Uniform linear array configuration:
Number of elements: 12
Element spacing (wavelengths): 0.5
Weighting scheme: uniform
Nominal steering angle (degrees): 15
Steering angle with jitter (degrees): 16.942
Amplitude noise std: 0.05
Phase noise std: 0.05

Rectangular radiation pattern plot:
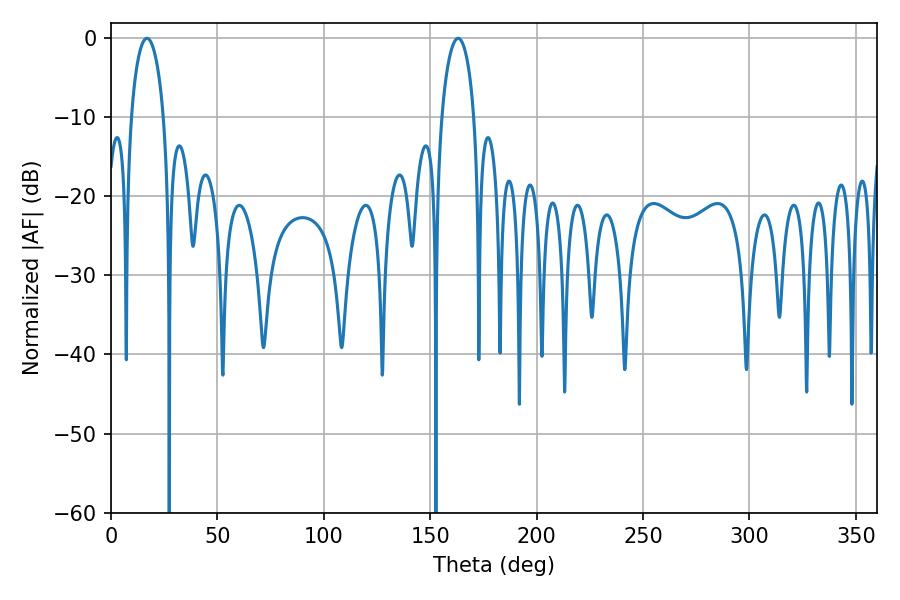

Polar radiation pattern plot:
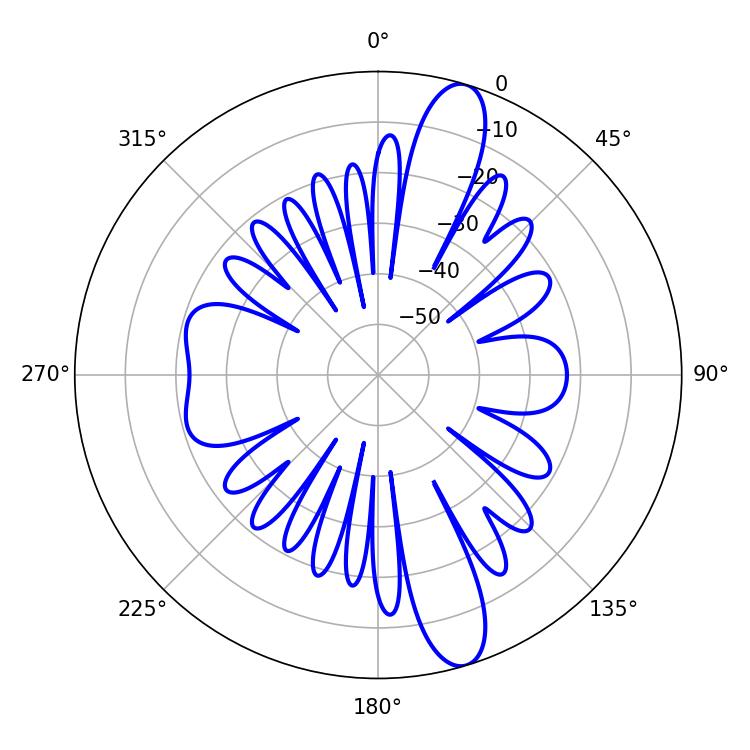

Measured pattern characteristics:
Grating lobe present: FALSE
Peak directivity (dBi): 13.2
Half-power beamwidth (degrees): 8.64
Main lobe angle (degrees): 16.92